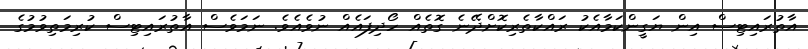
އާތުރައިޓިސް އިން ޔަގީންކަމާއެކު ރައްކާތެރިކޮށްދޭނެ ގޮތެއް ހޯދިފައެއް ނުވެއެވެ. ނަމަވެސް އާތުރައިޓިސް ކުރިމަތިވުމުގެ